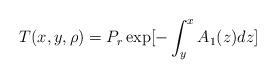
LaTeX: \begin{align*}T(x,y,\rho) = P_r \exp [- \int_{y}^{x} A_1(z) dz]\end{align*}